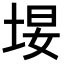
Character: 𪣚